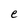
Character: e